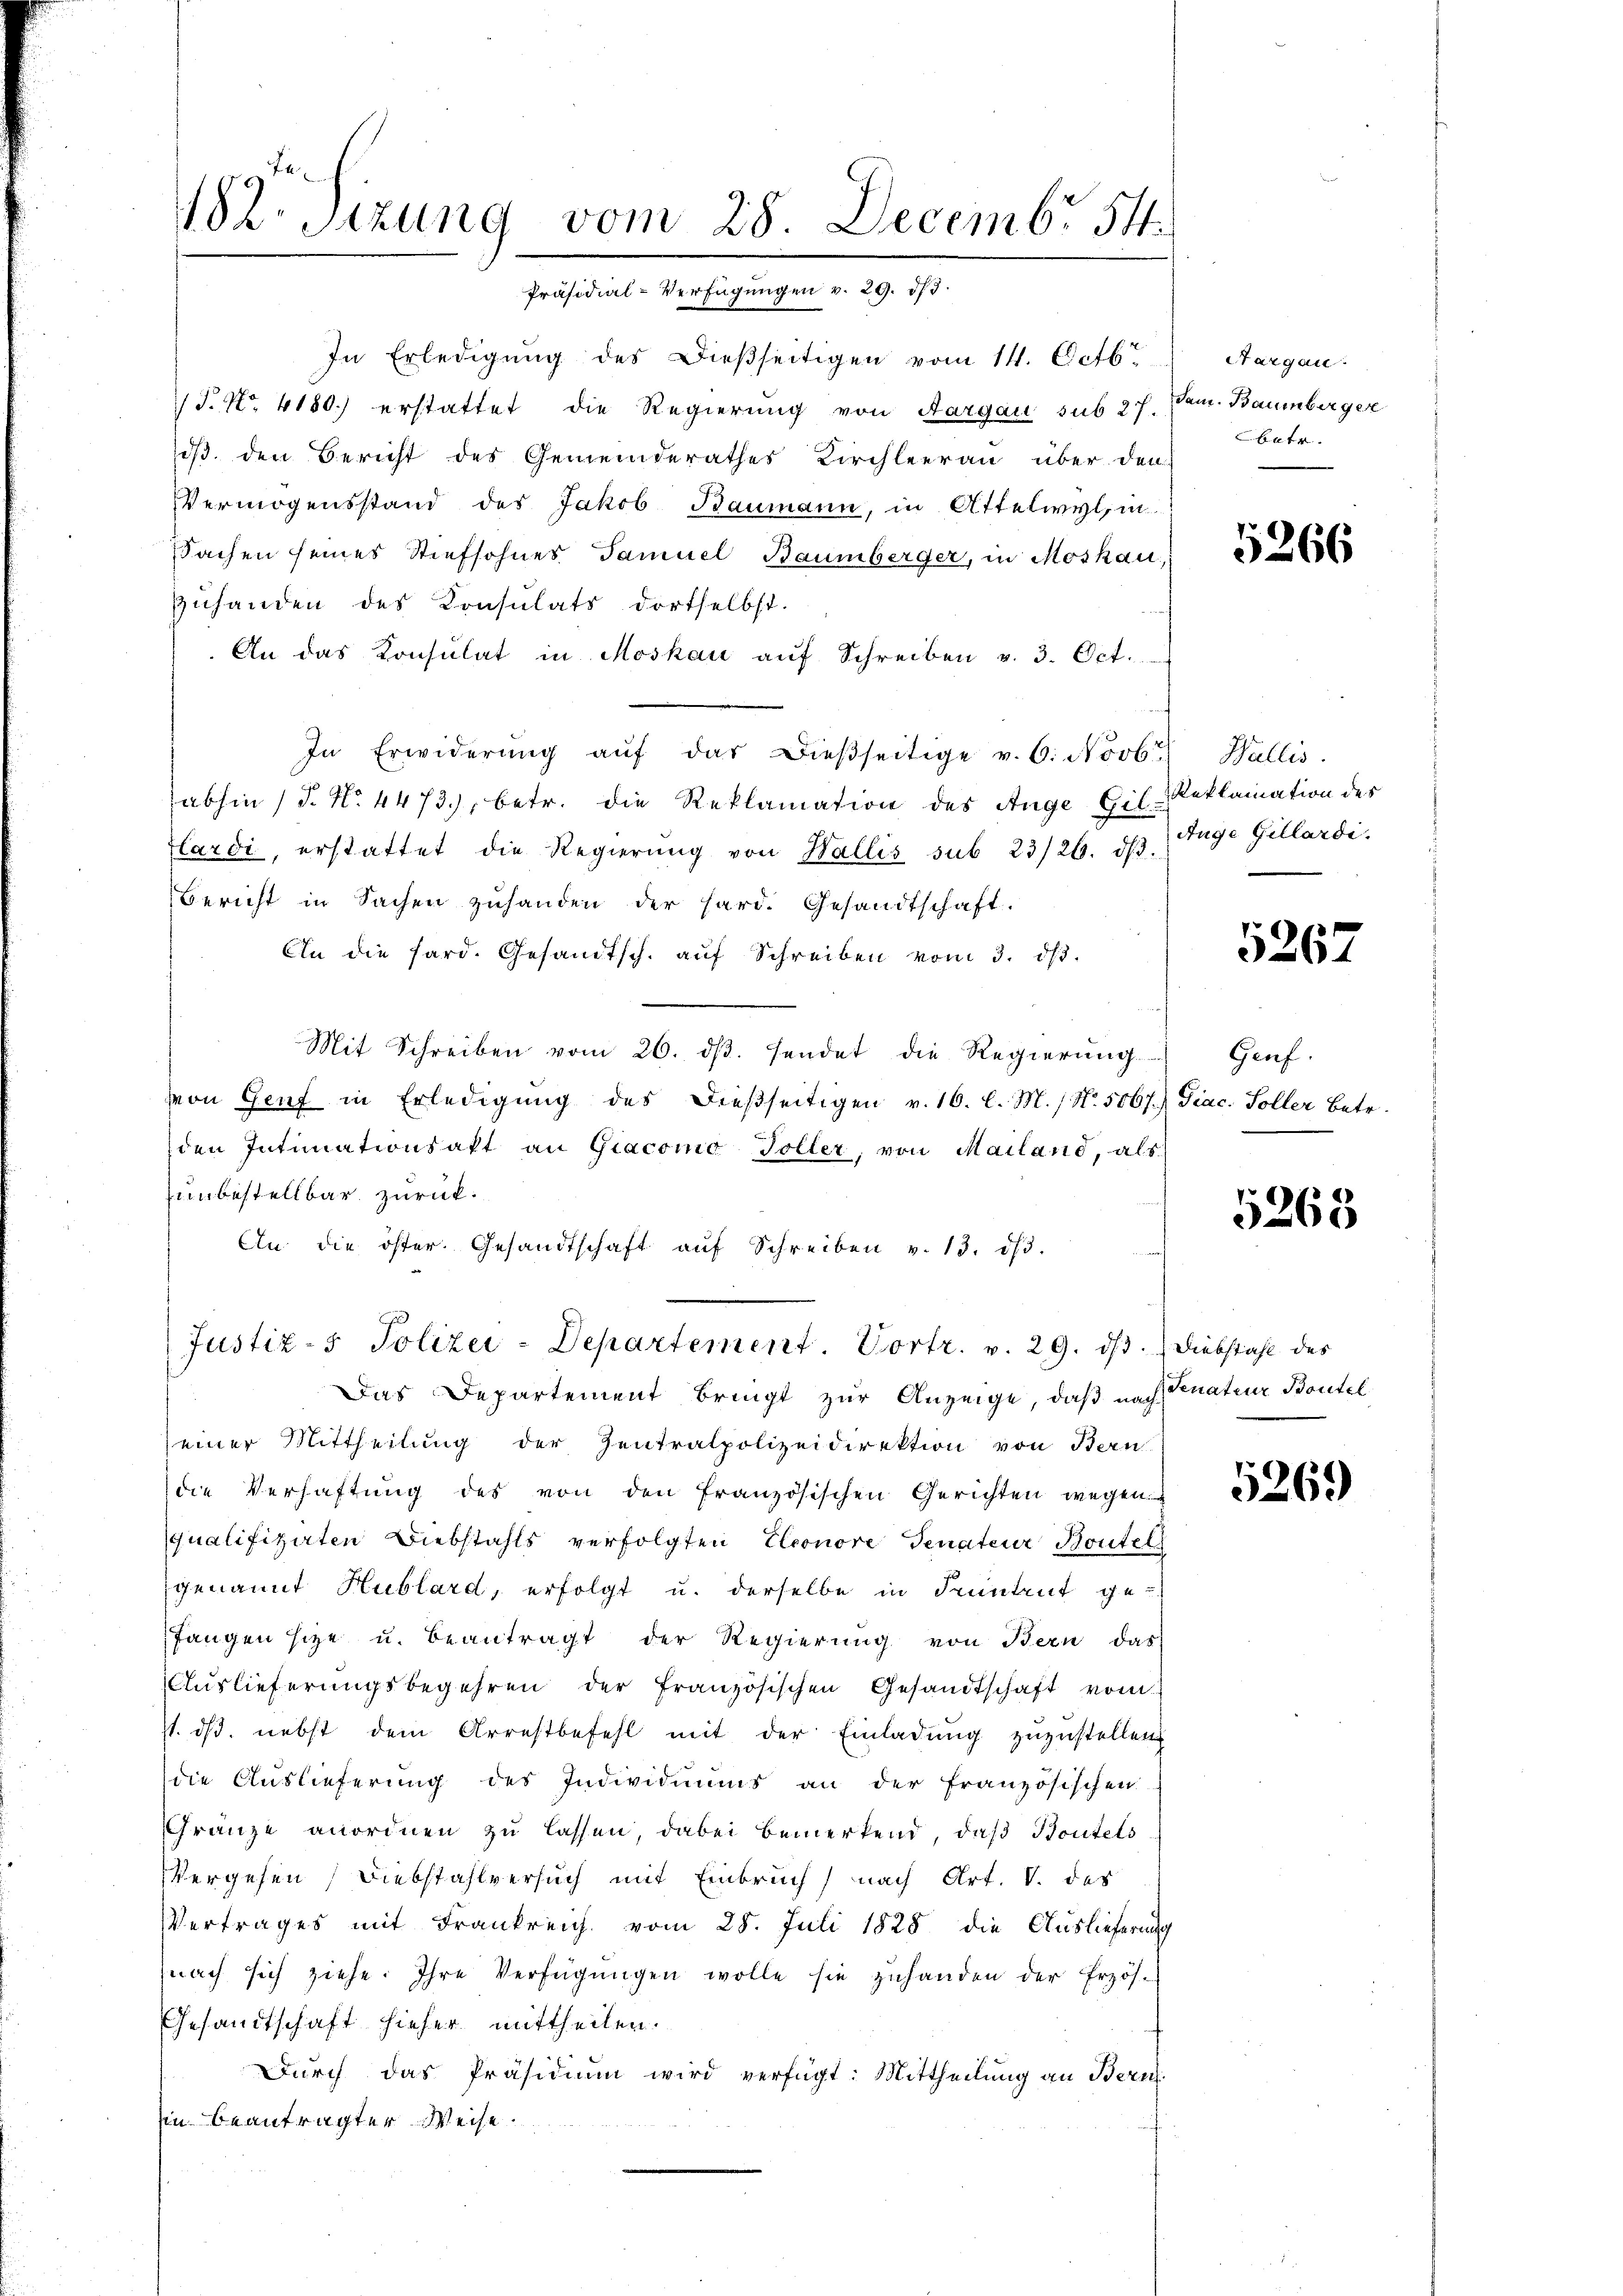
182 Sizung vom 28. Decembr 541.
Präsidial-Verfügungen v. 29. 573.

In Erledigung des Dießseitigen vom 14. Octbr
/T. No. 4180.) erstattet die Regierung von Aargau sub 27. Jan. Baumberger
oß, den Bericht des Gemeinderathes Kirchleerau über den
Vermögensstand des Jakob Baumann, in Attelwyl, in
Sachen seines Stiefsohnes Samuel Baumberger, in Moskau,
Zuhanden des Konsulats dortselbst.
An das Konsulat in Moskau aŭf Schreiben v. 3. Oct.
In Erwiderŭng aŭf das dieβseitige v. 6. Novbr. Wallis
abhin (T. No. 4473), betr. die Reklamation des Auge Gil-Reklamation des
Flardi, erstattet die Regierŭng von Wallis sub 23/26. d. Juge Gillardi.
Bericht in Sachen zŭhanden der hard. Gesandtschaft.
An die sard. Gesandtsch. aŭf Schreiben vom 3. ds.
Mit Schreiben vom 26. ds. sendet die Regierung
von Genf in Erledigung des dießseitigen v. 16. l. M. / No. 5067.) Diac. Soller Betr.
den Intimationsakt an Giacomo Toller, von Mailand, als
unbestellbar zurück.
An die öster. Gesandtschaft aŭf Schreiben v. 13. dβ.
Justiz- & Polizei-Departement. Vortr. v. 29. ds. Diebstahl des
Das Departement bringt zur Anzeige, daß nach Senateur Bautel
einer Mittheilung der Zentralpolizeidirektion von Bern
die Verhaftung des von den französischen Gerichten wegen
qualifizirten Diebstahls verfolgten Eleonore Senateur Boutell
genannt Hublard, erfolgt u. derselbe in Freitent ge-
fangen sie u. beantragt der Regierung von Bern das
Auslieferungsbegehren der französischen Gesandtschaft vom
st. dß. nebst dem Arrestbefehl mit der Einladung zuzustellen
die Auslieferung des Individuums an der französischen
Gränze anordnen zu lassen, dabei bemerkend, daß Boutes
Vergehen Diebstahlversuch mit Einbruch nach Art. V. des
Vertrages mit Frankreich vom 28. Juli 1828 die Auslieferung
nach sich ziehe. Ihre Verfügŭngen wolle sie zuhanden der Erzös-
Gesandtschaft hieher mittheilen.
Dŭrch das Präsidiŭm wird verfügt: Mittheilŭng an Bern.
in beantragter Weise.

Hargau.
betr.

5266

5267

Genf.

5263

5269